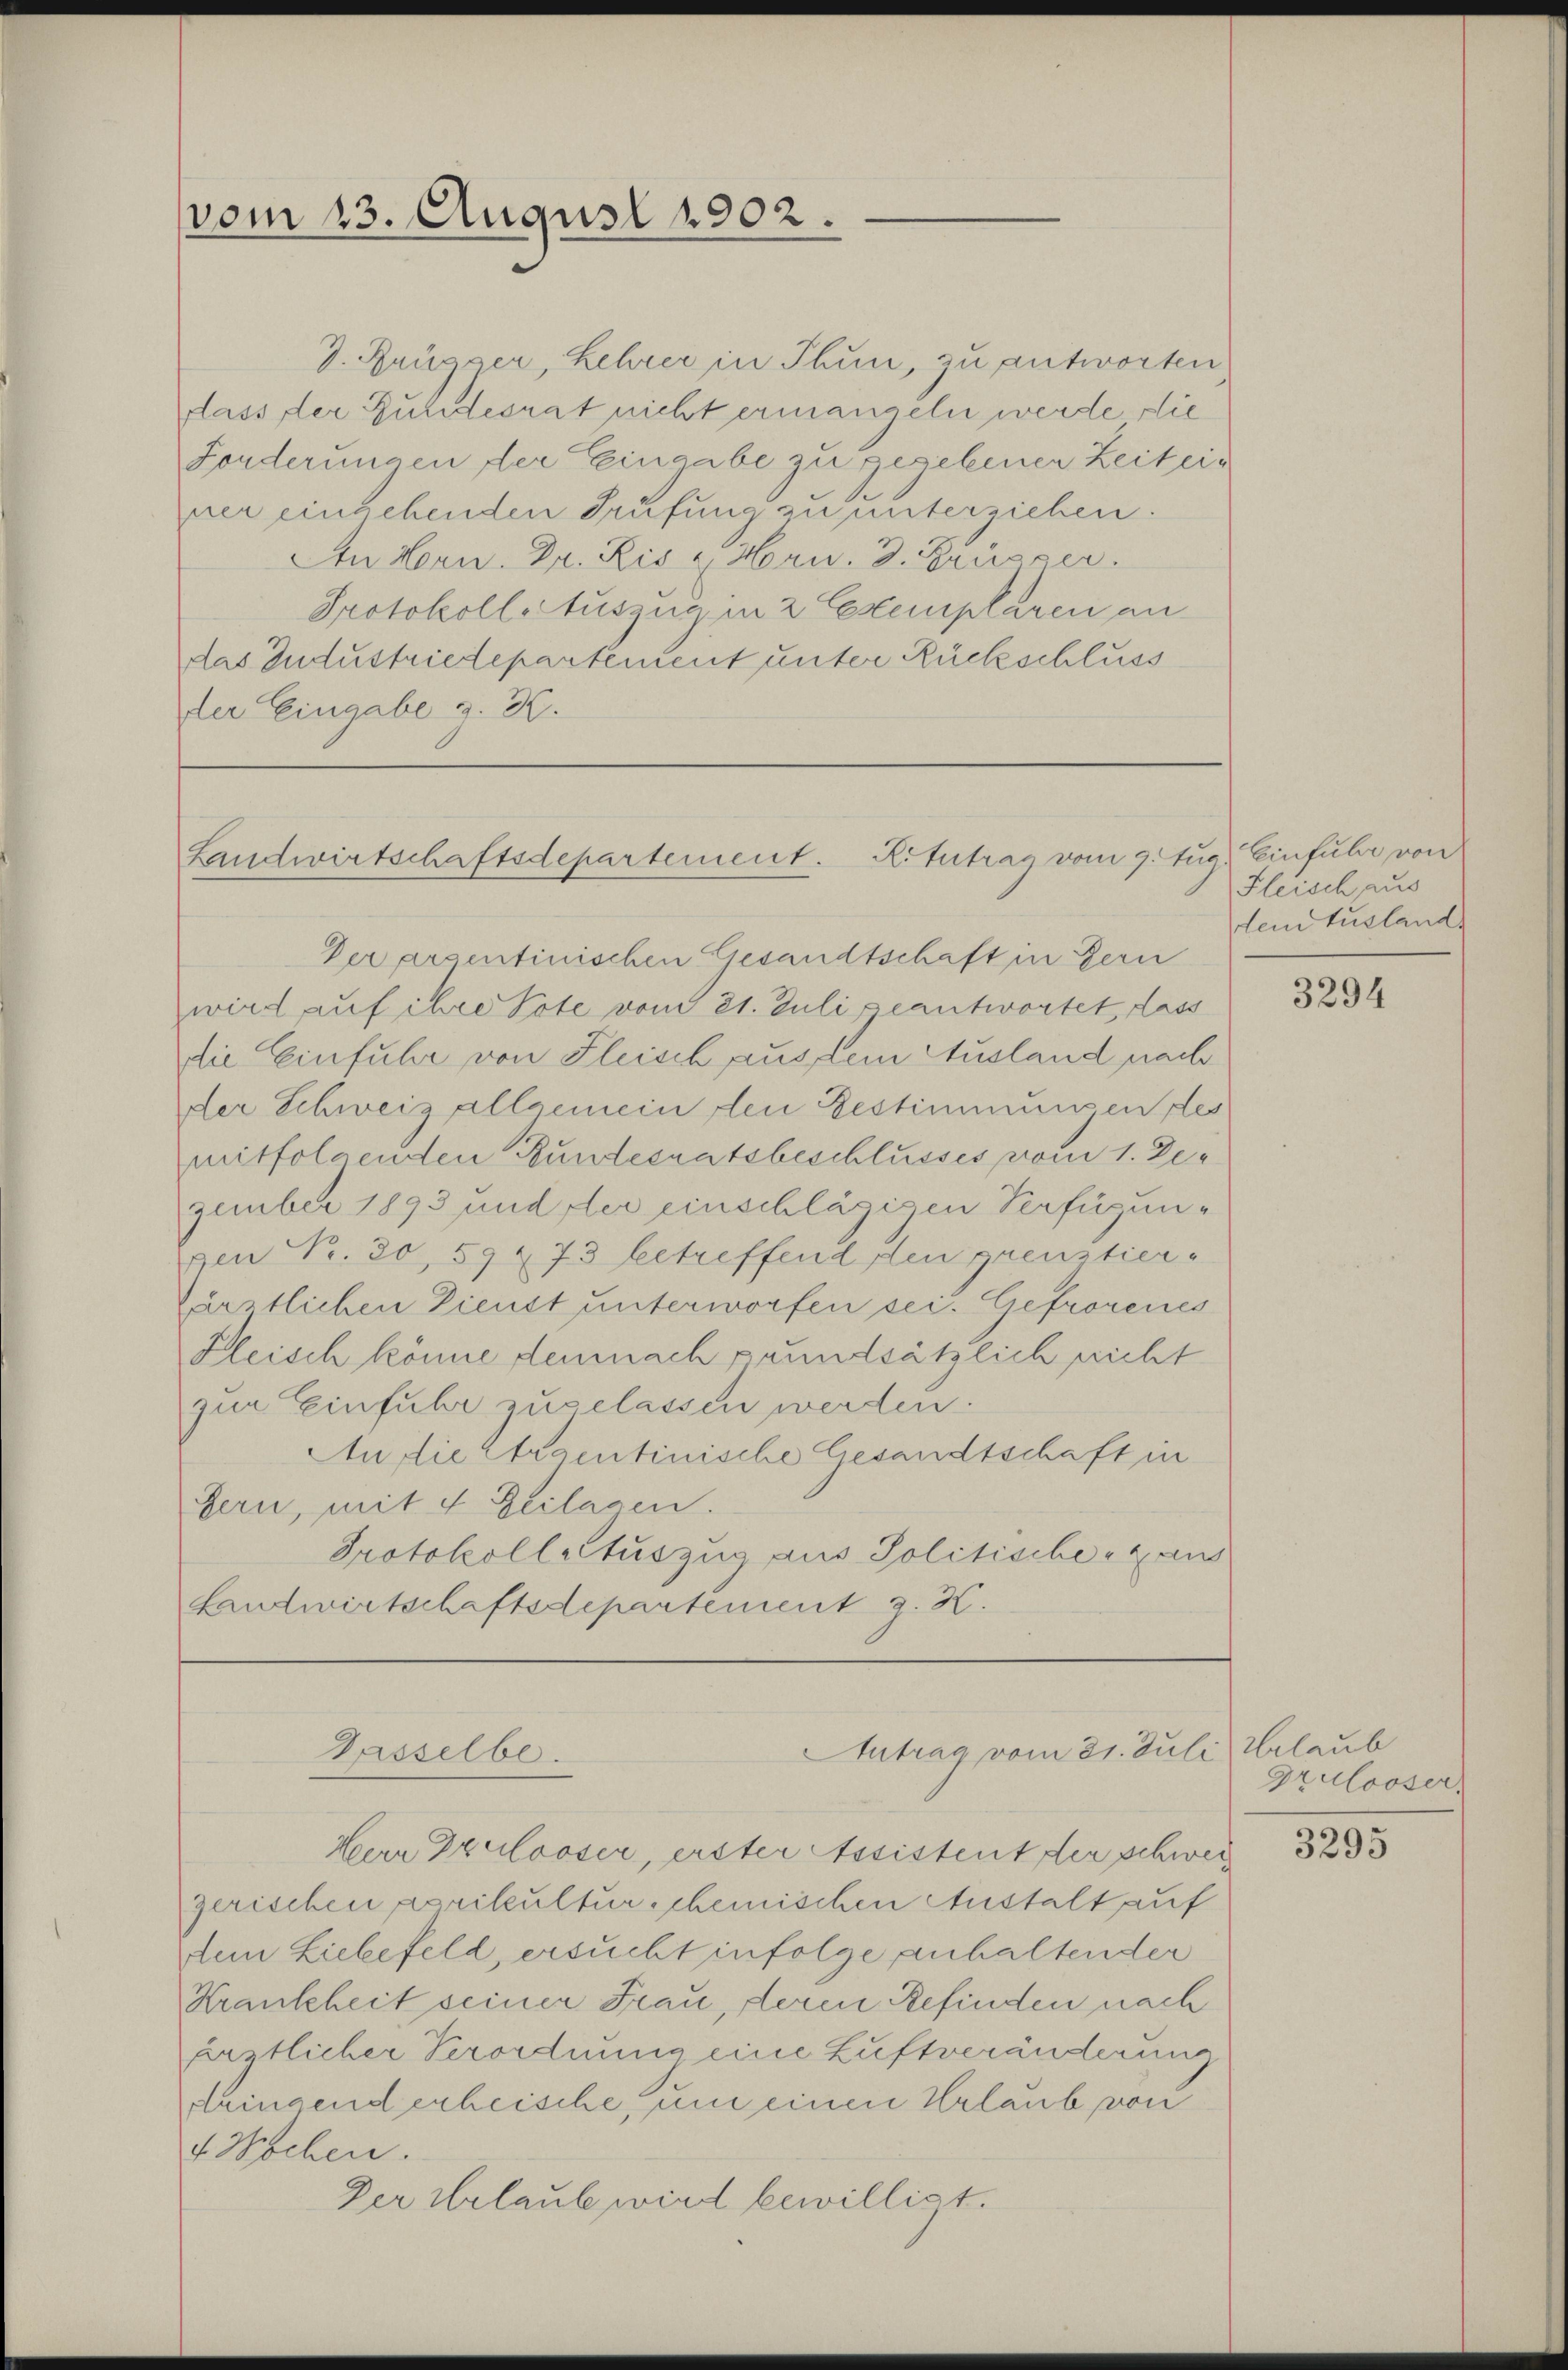
vom 23. August 1902.

D. Brügger, Lehrer in Thun, zu antworten
dass der Bundesrat nicht ermangeln werde die
Fonderungen der Eingabe zu gegebener Zeit einer eingehenden Prüfung zu unterziehen.
An Hrn. Dr. Kis u Hrn. 3. Brüszer.
Protokoll Auszug in 2 Exemplaren an
das Industriedepartement unter Rückschluss
Der Eingabe z. B.

Landwirtschaftsdepartement. Kotutrag vom 9. Aug. Einfuhr von

Derarzentinischen Gesandtschaft in Bern
wird auf ihre Tote vom 21. Juli geantwortet dass
die Einfuhr von Fleisch aus dem Ausland nach
der Schweiz allgemein den Bestimmungen des
mitfolgenden Bundesratsbeschlusses vom 1. Der
zember 1893 und der einschlägigen Verfügunxen Fr. 30, 59 273 betreffend den grenztiers
Zärztlichen Dienst unterworfen sei. Gefrorenes
Fleisch könne demnach prundsätzlich nicht
zur Einfuhr zugelassen werden.
An die Straentinische Gesandtschaft in
Bern, mit 4 Zeilagen.
Protokollatuszug aus Politische aus
Landwirtschaftsdepartement z. K.

Hern Drulooser, erster Assistent der schwerz
zerischen Karikulturschemischen Austalt auf
dein Liebefeld, ersucht infolge anhaltender
Krankheit seiner Frau, deren Refinden nach
Erstlicher Verordnung eine Luftveränderung
ringend erheische, um einen Urlaub von
4 Wochen.
Der Urlaub wird bewilligt.

Antrag vom 31. Juli, Glaub
Dasselbe.

Fleisch aus
lein Ausland

3294

Grulooser,

3295